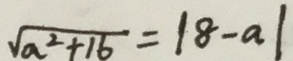
\sqrt { a ^ { 2 } + 1 6 } = \vert 8 - a \vert